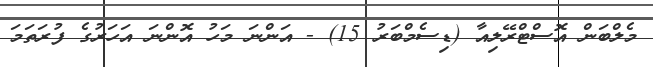
މެލްބަން އޮސްޓްރޭލިއާ (ޑިސެމްބަރު 15) - އަންނަ މަހު އޮންނަ އަހަރުގެ ފުރަތަމަ